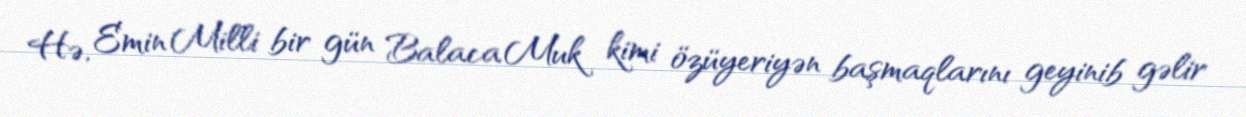
Hə, Emin Milli bir gün Balaca Muk kimi özüyeriyən başmaqlarını geyinib gəlir